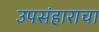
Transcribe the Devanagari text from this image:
उपसंहाराचा